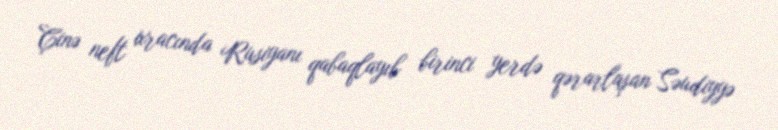
Çinə neft ixracında Rusiyanı qabaqlayıb birinci yerdə qərarlaşan Səudiyyə